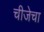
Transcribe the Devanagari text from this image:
चीजेचा